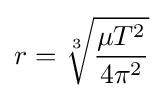
r={\sqrt[{3}]{\frac {\mu T^{2}}{4\pi ^{2}}}}